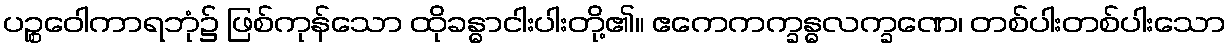
ပဉ္စဝေါကာရဘုံ၌ ဖြစ်ကုန်သော ထိုခန္ဓာငါးပါးတို့၏။ ဧကေကက္ခန္ဓလက္ခဏေ၊ တစ်ပါးတစ်ပါးသော